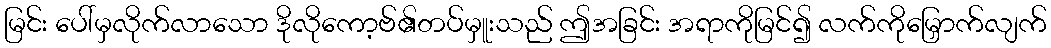
မြင်း ပေါ်မှလိုက်လာသော ဒိုလိုကော့ဗ်၏တပ်မှူးသည် ဤအခြင်း အရာကိုမြင်၍ လက်ကိုမြှောက်လျက်